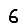
Digit: 6